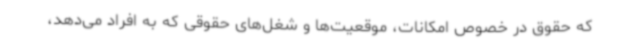
که حقوق در خصوص امکانات، موقعیت‌ها و شغل‌های حقوقی که به افراد می‌دهد،